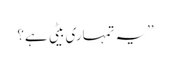
’’یہ تمہاری بیٹی ہے؟